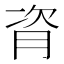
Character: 𬁼